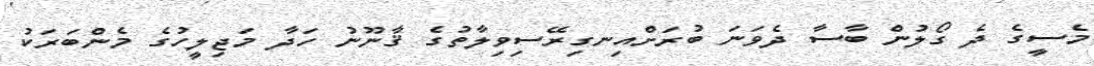
މެސީގެ ދެ ގޯލުން ބާސާ ދެވަނަ ބުރަށްއިނގިރޭސިވިލާތުގެ ޤާނޫނު ހަދާ މަޖިލީހުގެ މެންބަރަކު